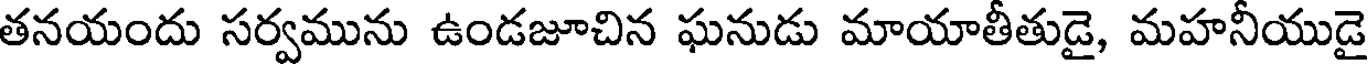
తనయందు సర్వమును ఉండజూచిన ఘనుడు మాయాతీతుడై, మహనీయుడై